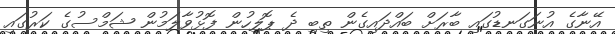
އޭނާގެ އުނަގަނޑުގައި ބާރަށް ބައްދައިގެން ތިބި ދެ ޕޮލިހުން ފޮޅުވާލަމުން ޝަމްސުގެ ކަރުގައި